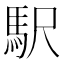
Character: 駅